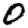
Digit: 0